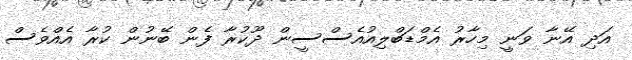
އަދި އޭނާ ވަނީ މިހާރު އެމްޑަބްލިއުއެސްސީން ދޫކުރާ ފެން ބޭނުން ކުރާ އެއްވެސް